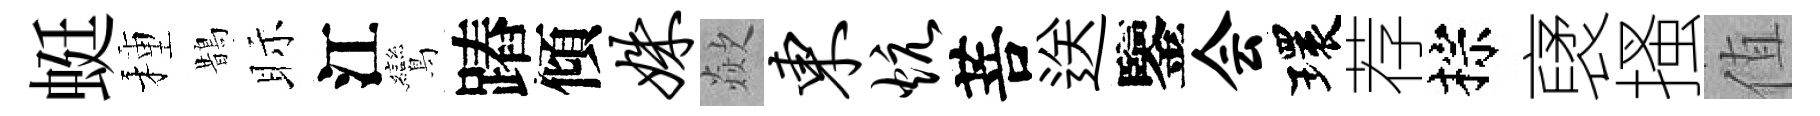
蜓種鵲眎江鸞蹖傾姝歘东炕菩送鑒会環荐棕裦搔值